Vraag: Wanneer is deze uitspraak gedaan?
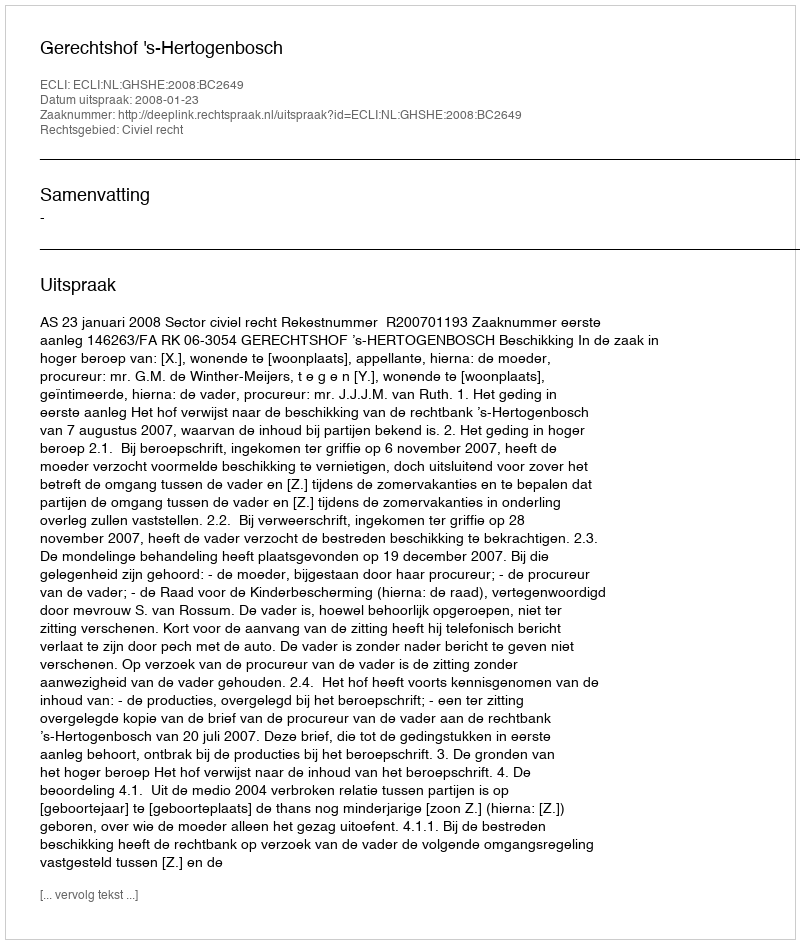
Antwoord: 2008-01-23